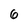
Character: 6